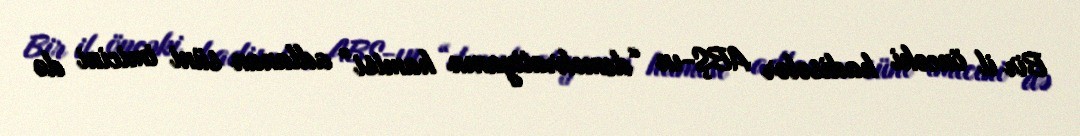
Bir il öncəki hadisələr ABŞ-ın “demokratiyanın hamisi” adlanan süni imicini də